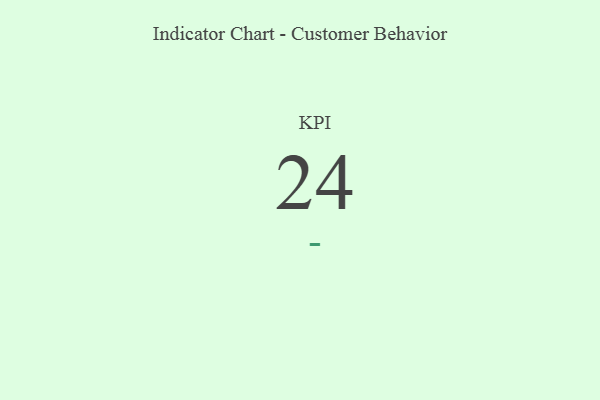
{"axis": {"x": "KPI", "y": "Value"}, "legend": [""], "data": [{"x": "KPI", "y": 24, "type": ""}]}